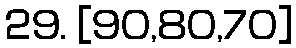
29. [90,80,70]